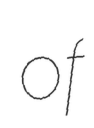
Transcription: of